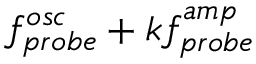
f _ { p r o b e } ^ { o s c } + k f _ { p r o b e } ^ { a m p }